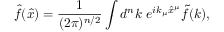
\hat { f } ( \hat { x } ) = \frac { 1 } { ( 2 \pi ) ^ { n / 2 } } \int d ^ { n } k ~ e ^ { i k _ { \mu } \hat { x } ^ { \mu } } \tilde { f } ( k ) ,